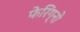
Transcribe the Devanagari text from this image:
फेरिग्नो